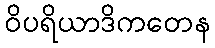
ဝိပရိယာဒိကတေန